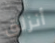
أنزلق